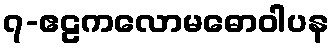
၇-ဧဠကလောမဓောဝါပန